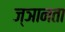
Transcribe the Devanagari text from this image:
ज्ञानता